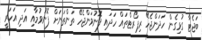
ބަޖެޓާ ގުޅިގެން ހަދަންޖެހޭ ރިޕޯރޓްތައް ހަދައި ފޮނުވަންޖެހޭ ތަންތަނަށް ފޮނުވުމާއި އަދި އަހަރީ